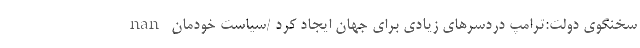
nan سخنگوی دولت:ترامپ دردسرهای زیادی برای جهان ایجاد کرد /سیاست خودمان